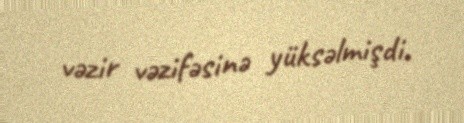
vəzir vəzifəsinə yüksəlmişdi.